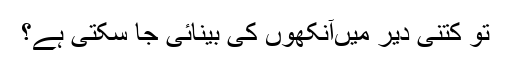
تو کتنی دیر میں‌آنکھوں کی بینائی جا سکتی ہے؟